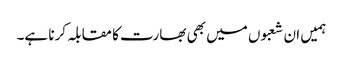
ہمیں ان شعبوں میں بھی بھارت کا مقابلہ کرنا ہے۔